NAE_ERA_R-1765_ENSV_Kirjanike_Liit_1945-1955, lk 9
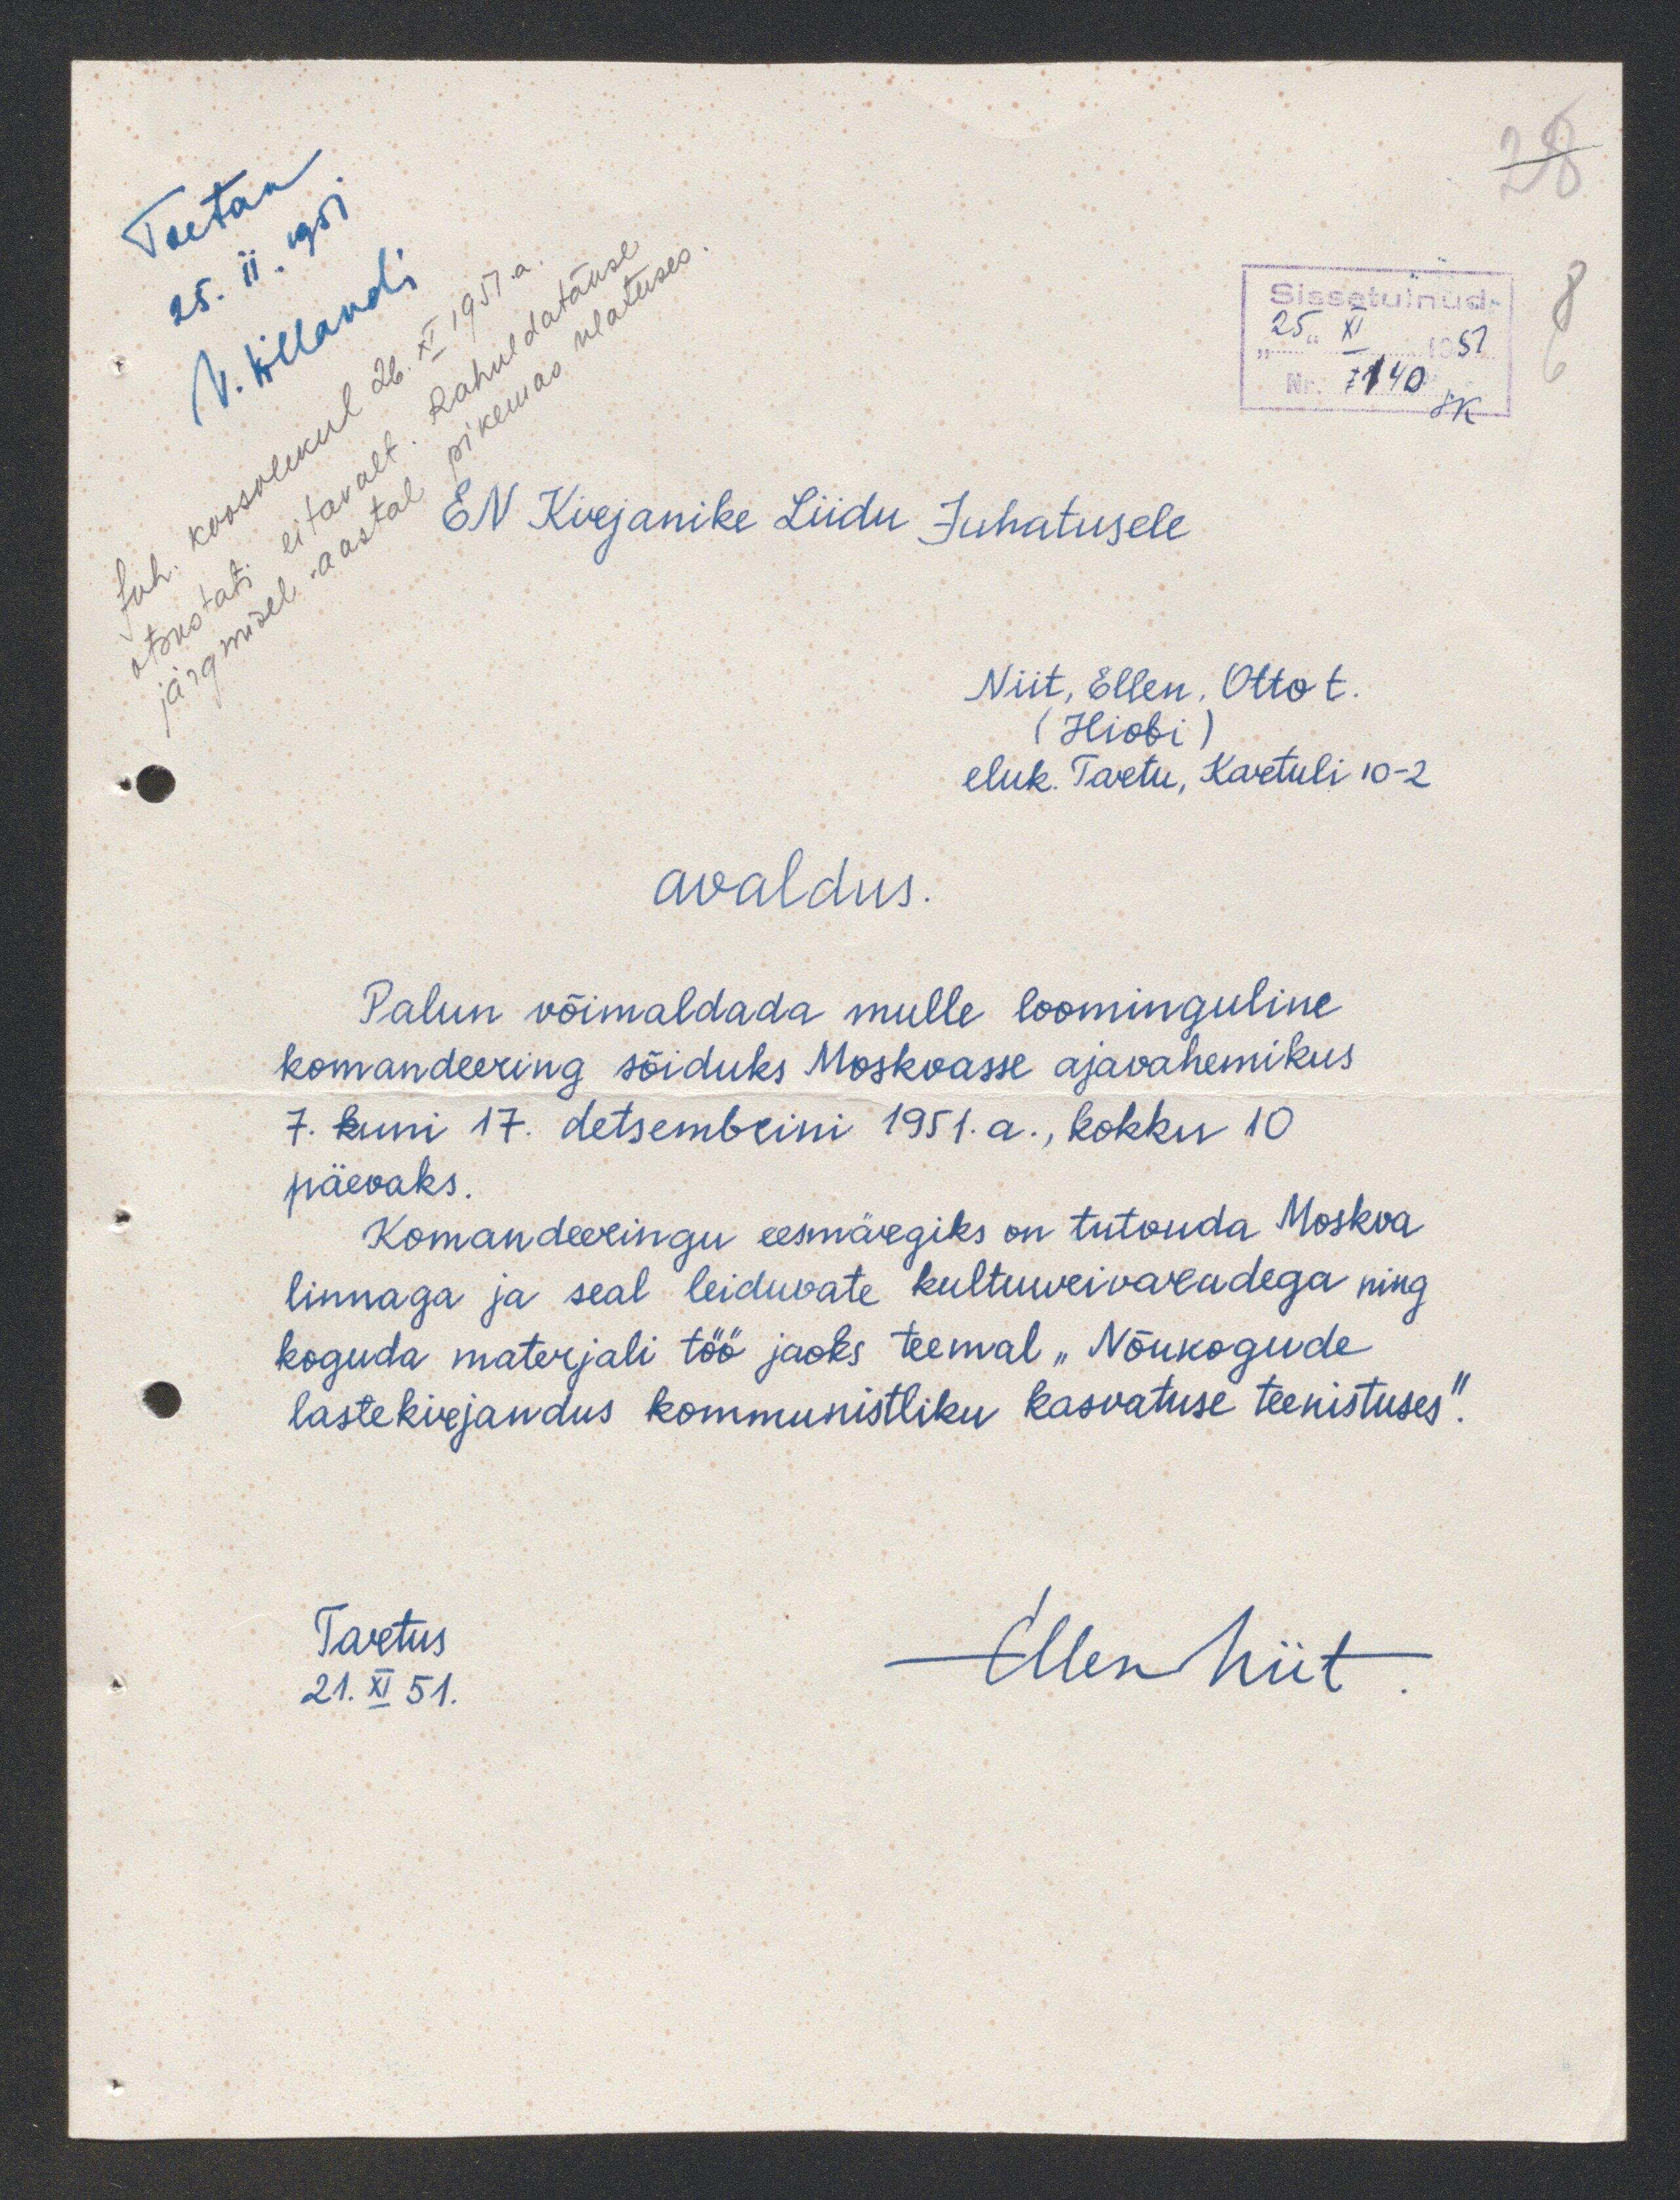
otsustatu eitavalt. Rahuldatakse
järgmisel aastal pikemas ulatuses
Juh. koosolekul 26.XI.1951.a.
EN Kirjanike Liidu Juhatusele
Niit, Ellen. Otto t.
(Hiobi
eluk. Tartu, Kartuli 10-2
avaldus.
Palun võimaldada mulle loominguline
komandeering sõiduks Moskvasse ajavahemikus
7. kuni 17. detsembrini 1951.a., kokku 10
päevaks.
Komandeeringu eesmärgiks on tutvuda Moskva
linnaga ja seal leiduvate kultuurivaradega ning
koguda materjali töö jaoks teemal "Nõukogude
lastekirjandus kommunistliku kasvatuse teenistuses.
Tartus
Ellen Niit
21.XI 51.